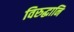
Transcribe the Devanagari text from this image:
विरुद्धानि